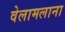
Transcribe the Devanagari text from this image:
वेलामलाना